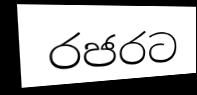
රජරට